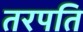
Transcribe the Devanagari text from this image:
तरपति